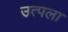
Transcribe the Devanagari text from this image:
उत्पला